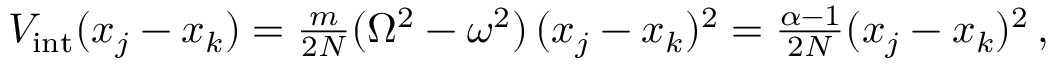
\begin{array} { r } { V _ { \mathrm { i n t } } ( x _ { j } - x _ { k } ) = \frac { m } { 2 N } ( \Omega ^ { 2 } - \omega ^ { 2 } ) \, ( x _ { j } - x _ { k } ) ^ { 2 } = \frac { \alpha - 1 } { 2 N } ( x _ { j } - x _ { k } ) ^ { 2 } \, , } \end{array}